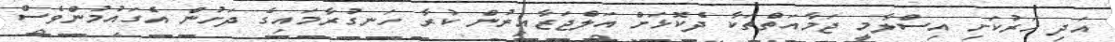
އަދި ހަރުކަށި އިސްލާމީ ޖަމާއަތްތަކާ ދެކޮޅަށް އަލްޖަޒާއިރުން ކުރާ ހަނގުރާމައިގެ ދަށުން އެގައުމުންވެސް